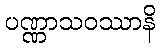
ပဏ္ဏာသဝဿာနိ